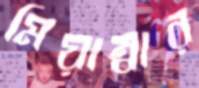
মিয়াম্বার